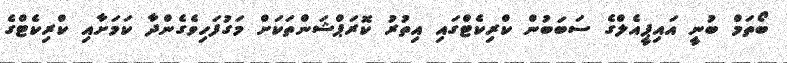
ބޯތަމް ބުނީ އައިޕީއެލްގެ ސަބަބުން ކްރިކެޓްގައި އިތުރު ކޮރަޕްޝަންތަކަށް މަގުފަހިވެގެންދާ ކަމަށާއި ކްރިކެޓްގެ